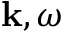
{ \bf k } , \omega